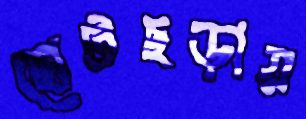
ছোটছড়ায়